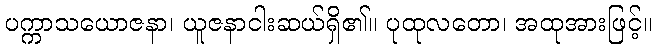
ပက္ကာသယောဇနာ၊ ယူဇနာငါးဆယ်ရှိ၏။ ပုထုလတော၊ အထုအားဖြင့်။